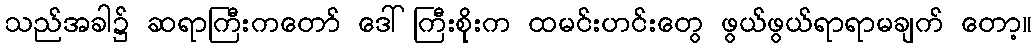
သည်အခါ၌ ဆရာကြီးကတော် ဒေါ်ကြီးစိုးက ထမင်းဟင်းတွေ ဖွယ်ဖွယ်ရာရာမချက် တော့။